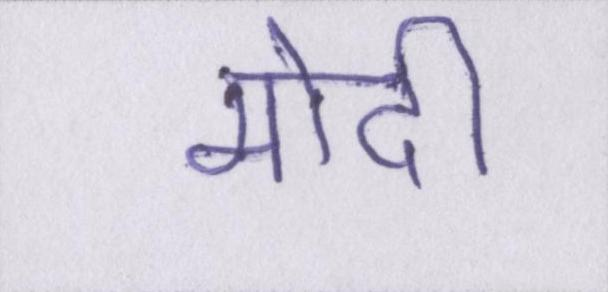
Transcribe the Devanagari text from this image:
मोदी